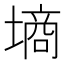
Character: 墒